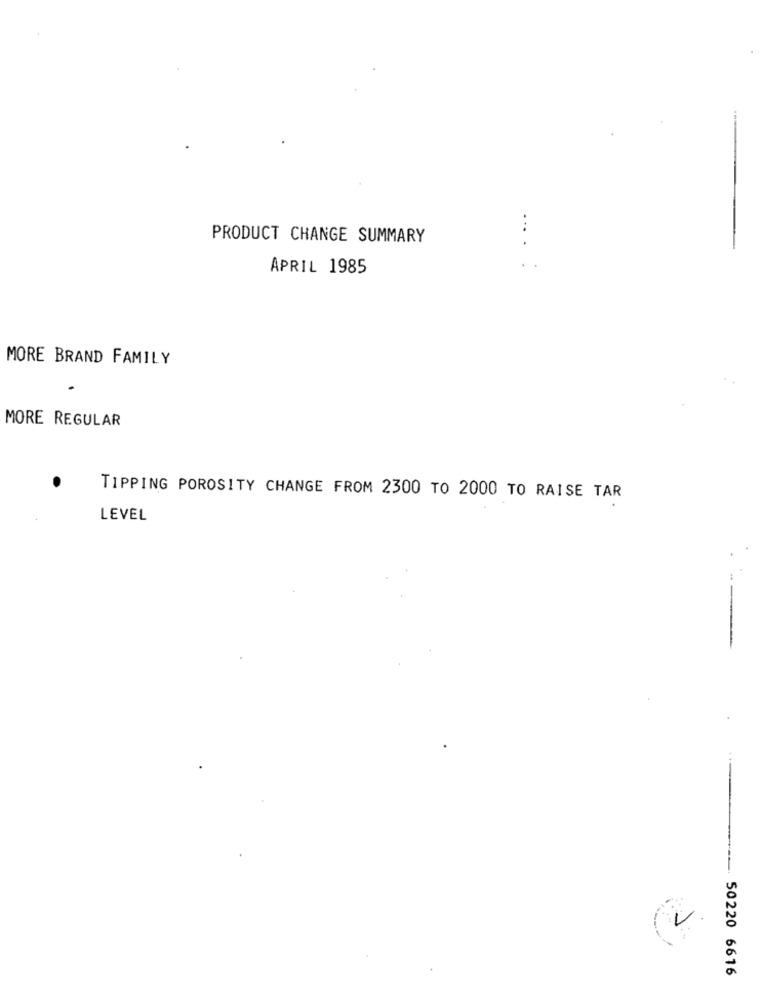
PRODUCT CHANGE SUMMARY
....
APRIL 1985
MORE BRAND FAMILY
MORE REGULAR
TIPPING POROSITY CHANGE FROM 2300 TO 2000 TO RAISE TAR
LEVEL
------. 50220 6616